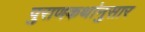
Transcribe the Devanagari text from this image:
पुराणकथांनुसार